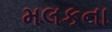
મલકના